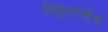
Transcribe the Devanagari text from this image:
विठ्ठलाचेच